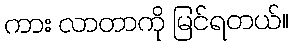
ကား လာတာကို မြင်ရတယ်။